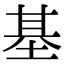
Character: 基